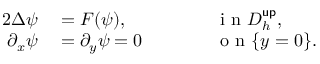
\begin{array} { r l r l } { { 2 } \Delta \psi } & { { } = F ( \psi ) , } & { } & { { } \qquad \mathrm { ~ i ~ n ~ } D _ { h } ^ { \mathsf { u p } } , } \\ { \partial _ { x } \psi } & { { } = \partial _ { y } \psi = 0 } & { } & { { } \qquad \mathrm { ~ o ~ n ~ } \{ y = 0 \} . } \end{array}